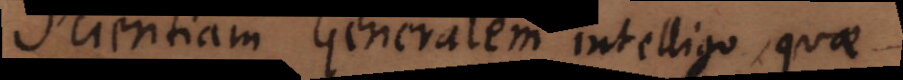
ientiam Generalem intelligo, quae